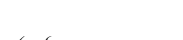
١٠١